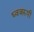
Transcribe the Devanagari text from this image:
ध्वजरूपी